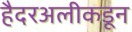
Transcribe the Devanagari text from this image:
हैदरअलीकडून